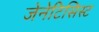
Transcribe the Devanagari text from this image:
जेनेटिसिस्ट